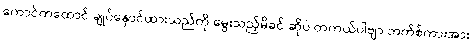
ကောင်ကထောင် ချုပ်နှောင်ထားသည်ကို မွေးသည့်မိခင် ဆိုပဲ တကယ်ပါဗျာ ဘက်စ်ကားအား